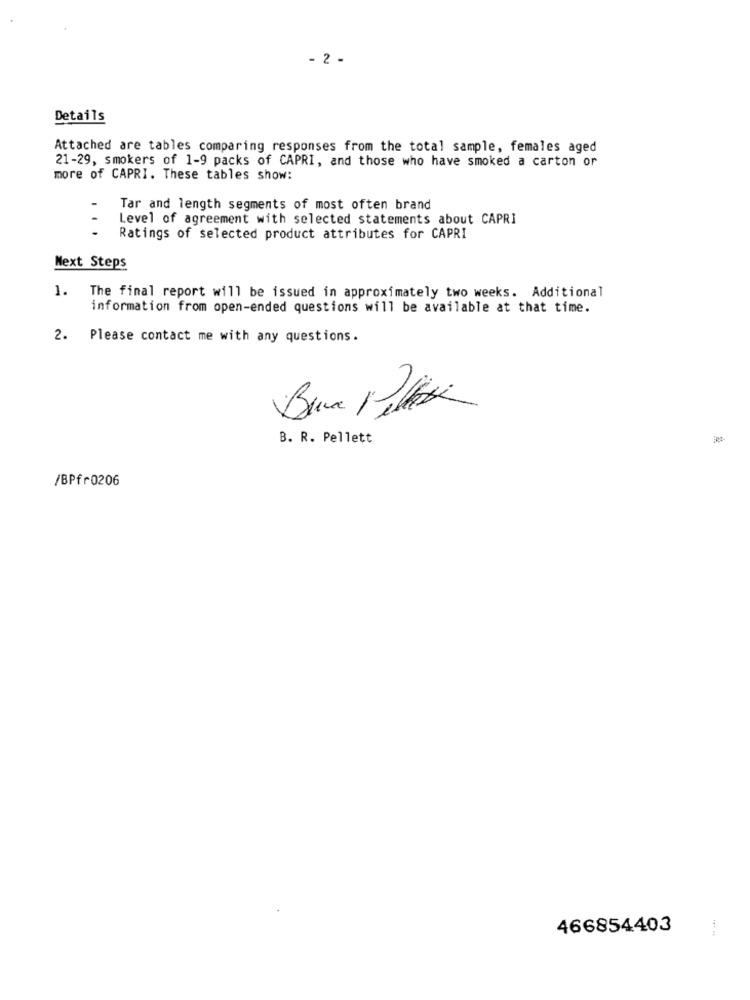
- 2 -
Details
Attached are tables comparing responses from the total sample, females aged
21-29, smokers of 1-9 packs of CAPRI, and those who have smoked a carton or
more of CAPRI. These tables show:
Tar and length segments of most often brand
Level of agreement with selected statements about CAPRI
...
Ratings of selected product attributes for CAPRI
Next Steps
1.
The final report will be issued in approximately two weeks. Additional
information from open-ended questions will be available at that time.
2.
Please contact me with any questions.
B. R. Pellett
/BPfr0206
466854403
.....